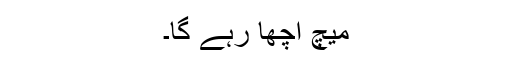
میچ اچھا رہے گا۔